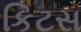
કિટસ